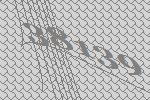
38139